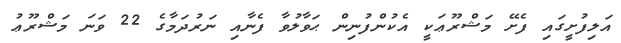
އަލިފުށީގައި ފެށޭ މަޝްރޫޢަކީ އެކުންފުނިން ޙަވާލުވާ ފެނާއި ނަރުދަމާގެ 22 ވަނަ މަޝްރޫޢު